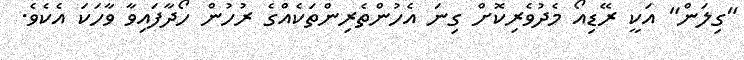
"ގިލަން" އަކީ ރޭޑިއޯ މެދުވެރިކޮށް ގިނަ އެހުންތެރިންތަކެއްގެ ރުހުން ހޯދާފައިވާ ވާހަކަ އެކެވެ.